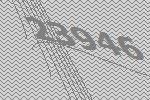
23946